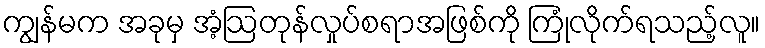
ကျွန်မက အခုမှ အံ့ဩတုန်လှုပ်စရာအဖြစ်ကို ကြုံလိုက်ရသည့်လူ။